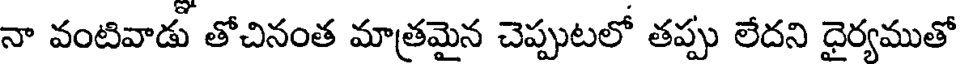
నా వంటివాడు తోచినంత మాత్రమైన చెప్పుటలో తప్పు లేదని ధైర్యముతో